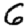
Digit: 6